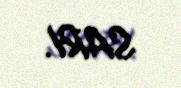
SARI.